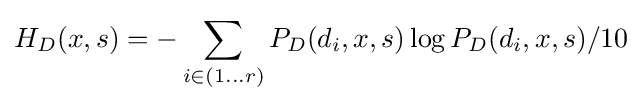
H_{D}(x,s)=-\sum _{i\in (1\dots r)}P_{D}(d_{i},x,s)\log P_{D}(d_{i},x,s)/10